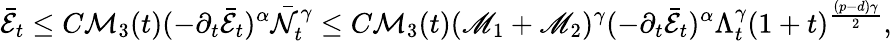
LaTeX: \bar{\mathcal{E}}_{t}\leq C\mathcal{M}_{3}(t)(-\partial_{t}\bar{\mathcal{E}}_{t})^{\alpha}\bar{\mathcal{N}}_{t}^{\gamma}\leq C\mathcal{M}_{3}(t)(\mathscr{M}_{1}+\mathscr{M}_{2})^{\gamma}(-\partial_{t}\bar{\mathcal{E}}_{t})^{\alpha}\Lambda_{t}^{\gamma}(1+t)^{\frac{(p-d)\gamma}{2}},